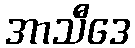
အာသီဒေ